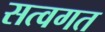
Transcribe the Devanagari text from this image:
सत्वगत